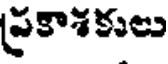
ప్రకాశకులు